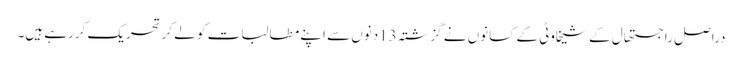
دراصل راجستھال کے شیخاوٹی کے کسانوں نے گزشتہ 13دنوں سے اپنے مطالبات کو لے کرتحریک کررہے ہیں۔